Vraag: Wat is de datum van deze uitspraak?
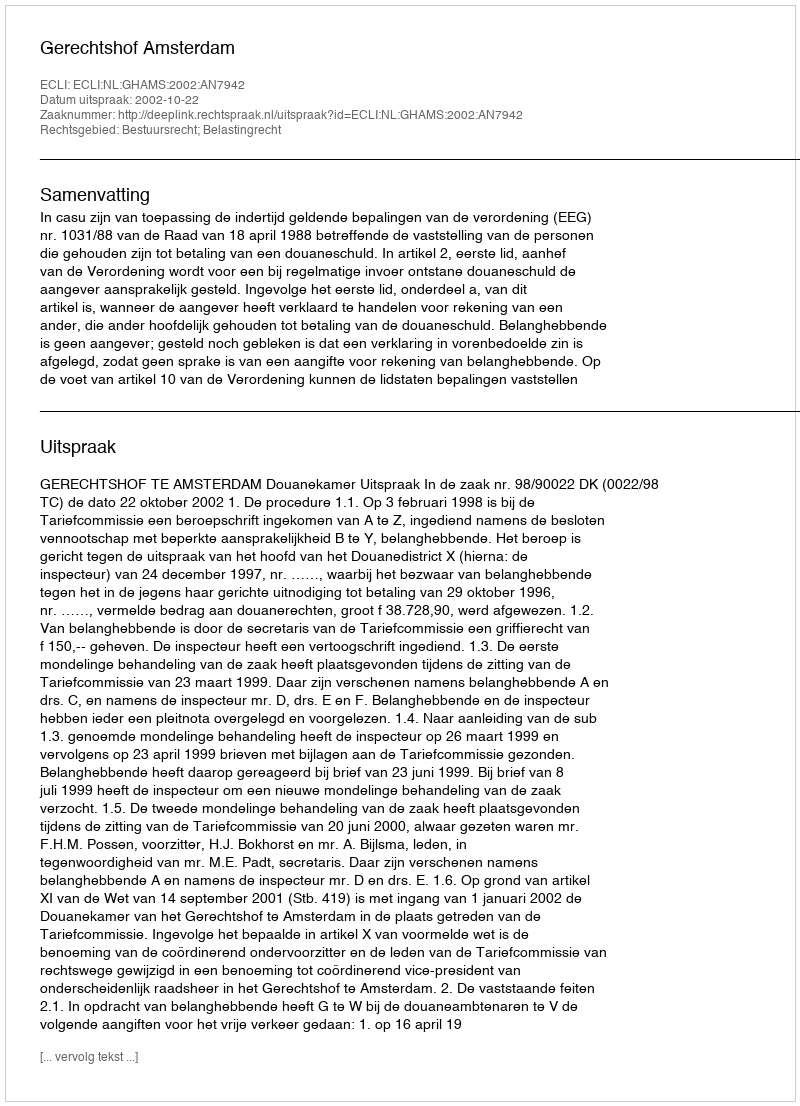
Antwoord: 2002-10-22